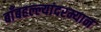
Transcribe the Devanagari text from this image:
बाँबहल्ल्यांदरम्यान